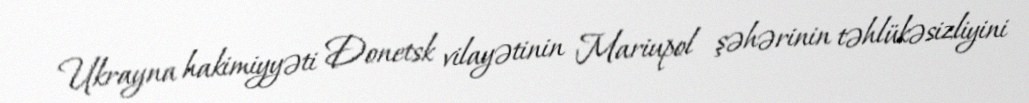
Ukrayna hakimiyyəti Donetsk vilayətinin Mariupol şəhərinin təhlükəsizliyini